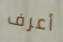
أعرف